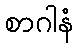
စာဂါနံ